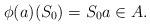
LaTeX: \begin{align*} \phi(a)(S_0)=S_0a\in A. \end{align*}